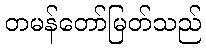
တမန်တော်မြတ်သည်